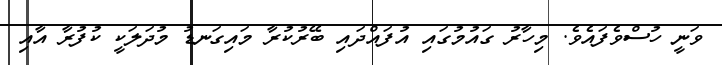
ވަނީ ހުސްވެފައެވެ. މިހާރު ގައުމުގައި އުފައްދައި ބޭރުކުރާ މައިގަނޑު މުދަލަކީ ކުފުރާ އާއި